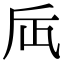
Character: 𠂮